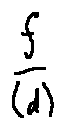
\frac { f } { ( d ) }